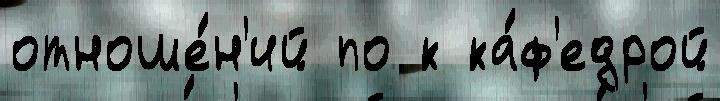
отноше́н'ий по к ка́ф'едрой